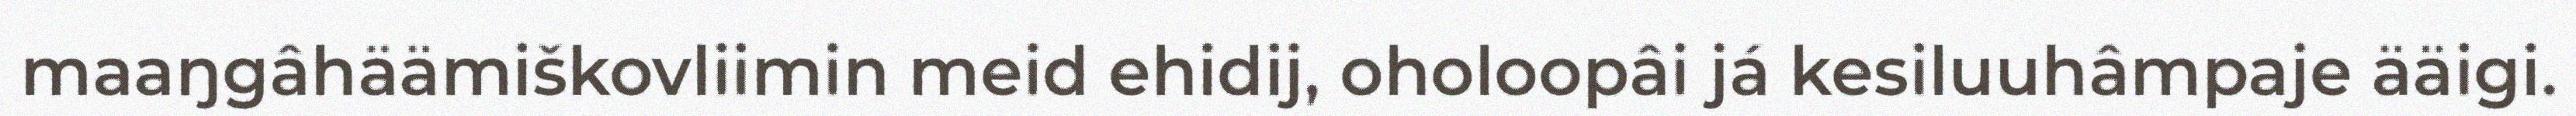
maaŋgâhäämiškovliimin meid ehidij, oholoopâi já kesiluuhâmpaje ääigi.